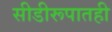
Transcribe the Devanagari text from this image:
सीडीरूपातही